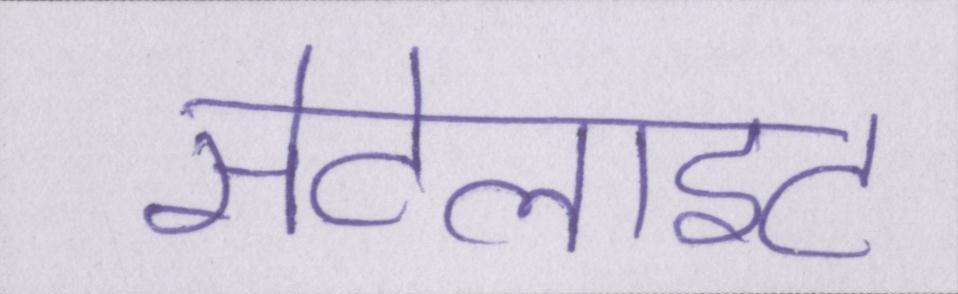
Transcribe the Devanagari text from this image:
सेटेलाइट